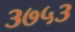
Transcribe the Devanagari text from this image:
३७५३